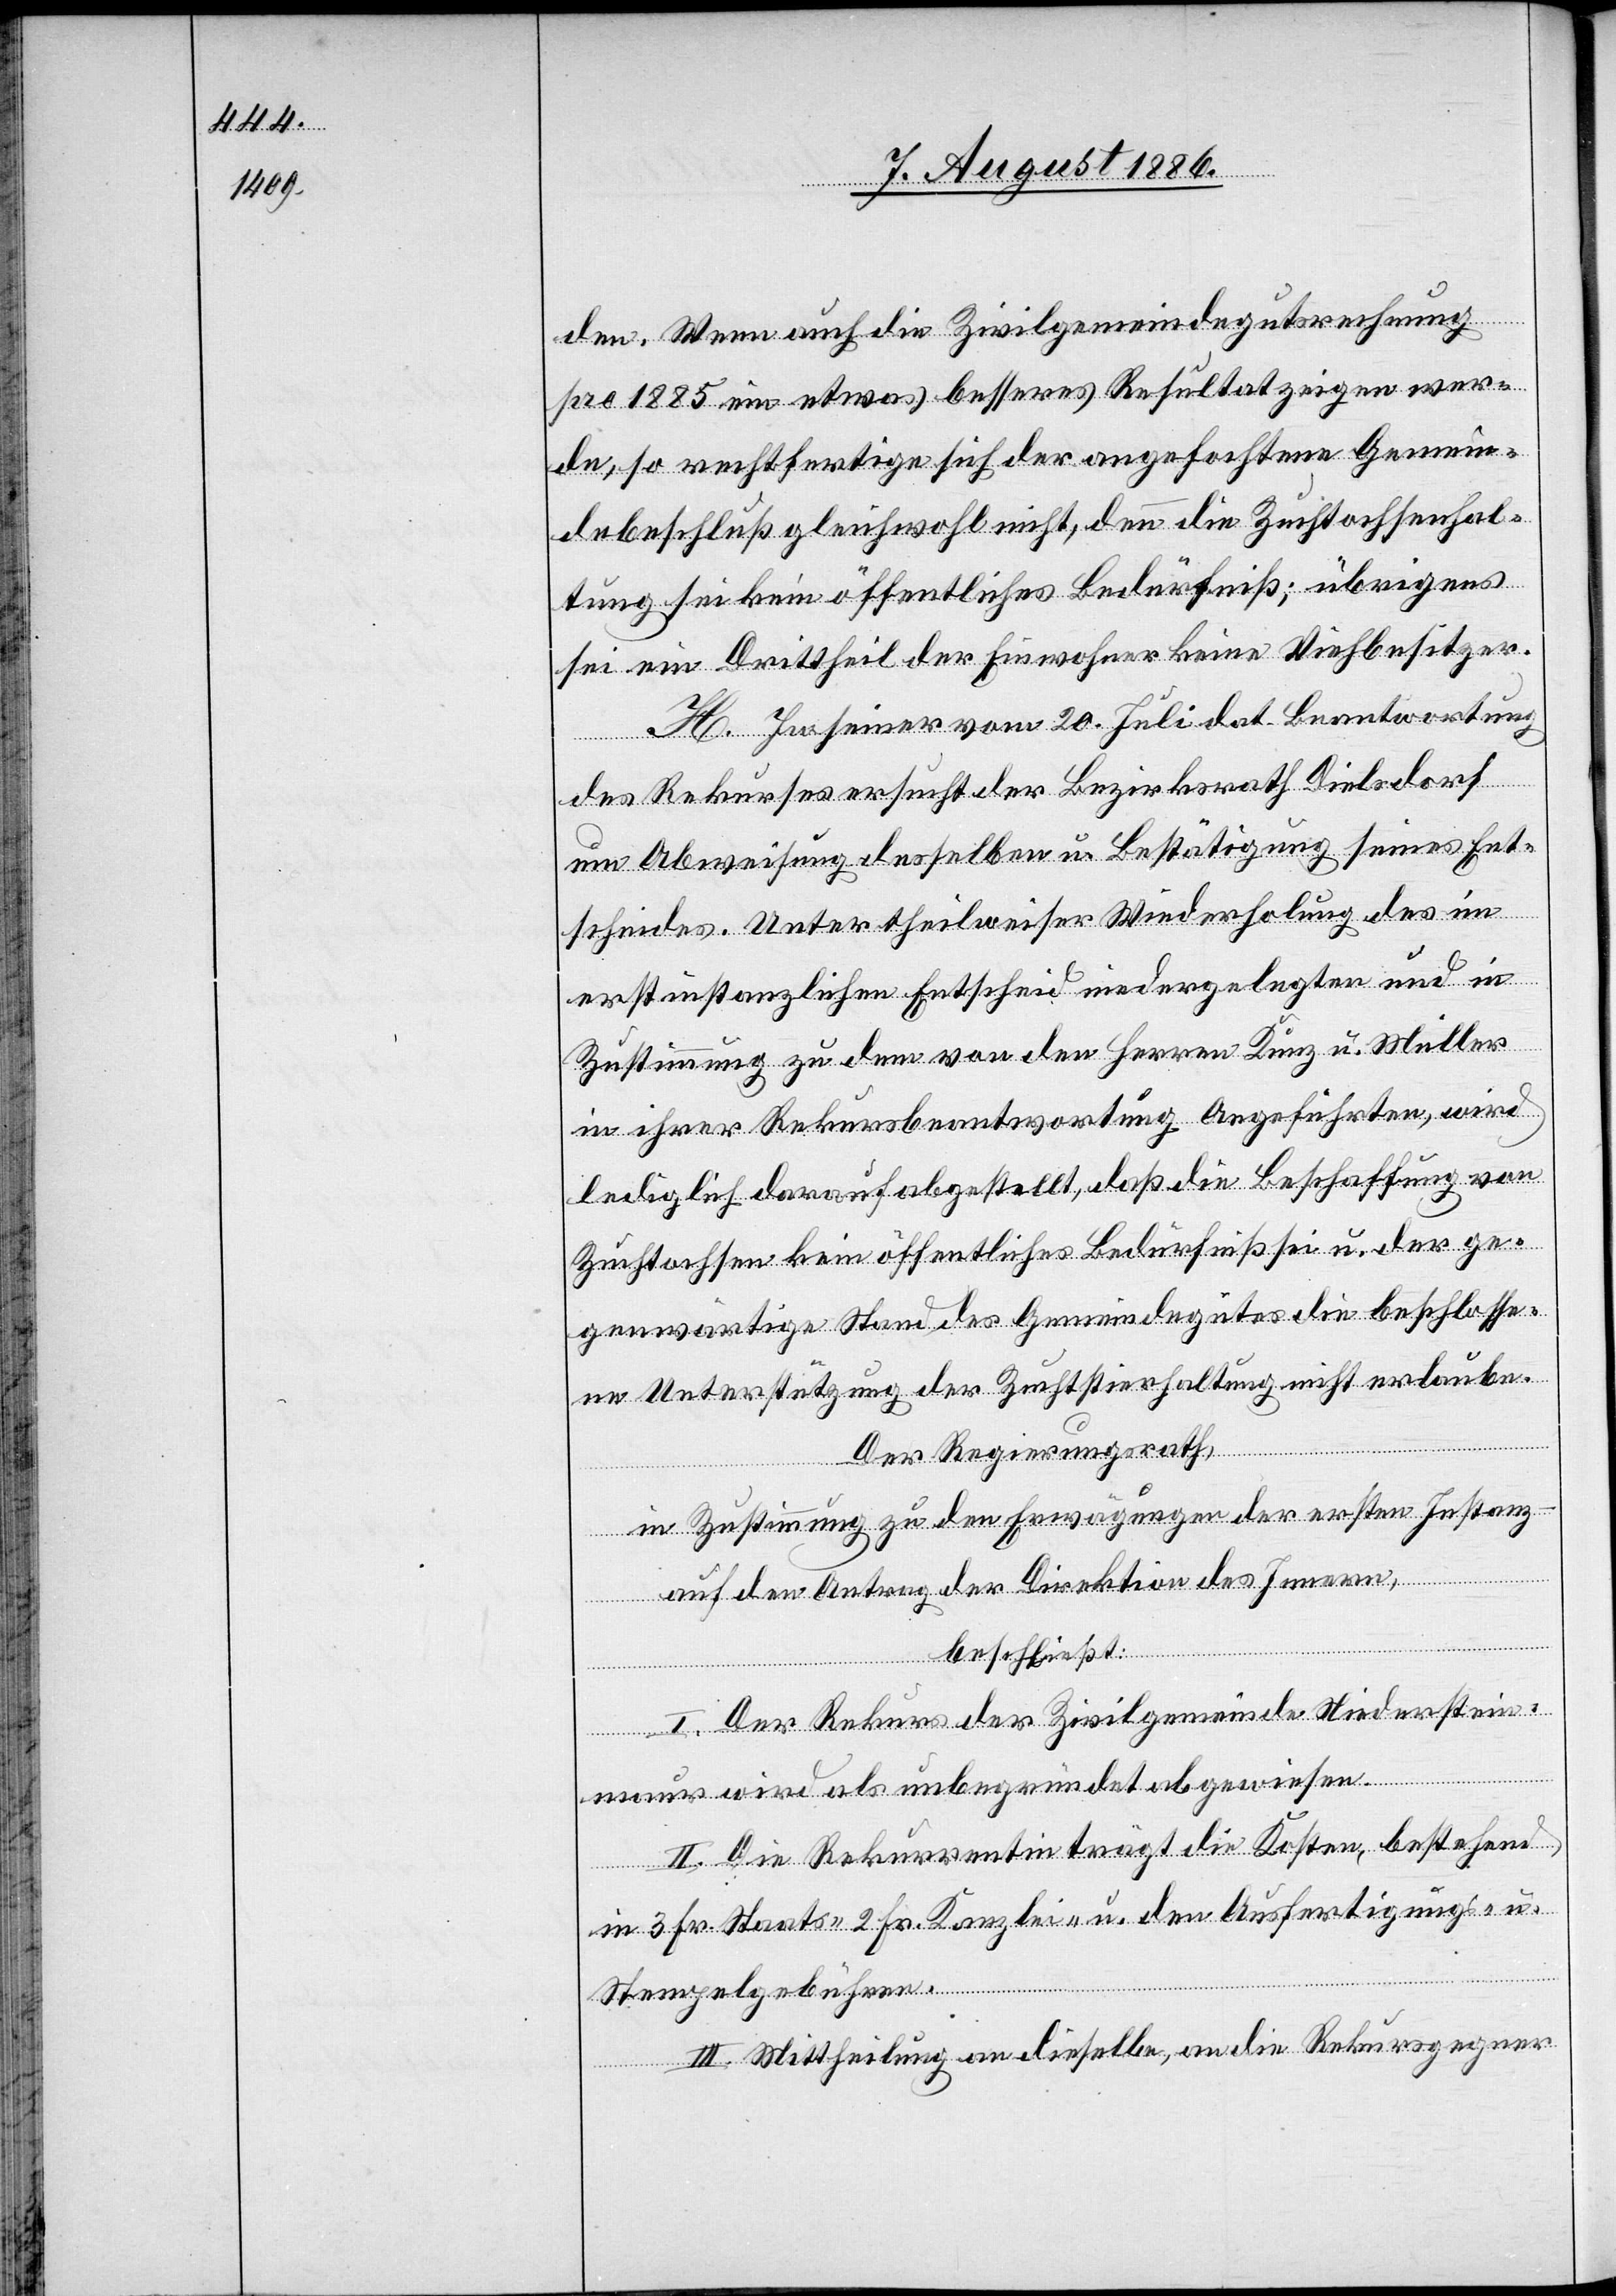
den. Wenn auch die Zivilgemeindegutsrechnung
pro 1885 ein etwas besseres Resultat zeigen wer¬
de, so rechtfertige sich der angefochtene Gemein¬
debeschluß gleichwohl nicht, denn die Zuchtochsenhal¬
tung sei kein öffentliches Bedürfniß; übrigens
sei ein Drittheil der Einwohner keine Viehbesitzer.
H. In seiner vom 20. Juli dat. Beantwortung
des Rekurses ersucht der Bezirksrath Dielsdorf
um Abweisung desselben u. Bestätigung seines Ent¬
scheides. Unter theilweiser Wiederholung des im
erstinstanzlichen Entscheid niedergelegten und in
Zustimmung zu dem von den Herren Kunz u. Müller
in ihrer Rekursbeantwortung Angeführten, wird
lediglich darauf abgestellt, daß die Beschaffung von
Zuchtochsen kein öffentliches Bedürfniß sei u. der ge¬
genwärtige Stand des Gemeindegutes die beschlosse¬
ne Unterstützung der Zuchtstierhaltung nicht erlaube.
Der Regierungsrath,
in Zustimmung zu den Erwägungen der ersten Instanz
auf den Antrag der Direktion des Innern,
beschließt:
I. Der Rekurs der Zivilgemeinde Niederstein¬
maur wird als unbegründet abgewiesen.
II. Die Rekurrentin trägt die Kosten, bestehend
in 3 Fr. Staats- 2 Fr. Kanzlei- u. den Ausfertigungs- u.
Stempelgebühren.
III. Mittheilung an dieselbe, an die Rekursgegner